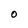
Character: O